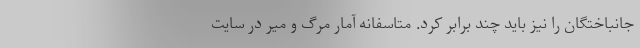
جانباختگان را نیز باید چند برابر کرد. متاسفانه آمار مرگ و میر در سایت